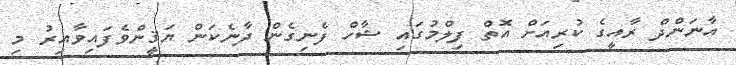
އާނަންދް ރާއީގެ ކުރިއަށް އޮތް ފިލްމުގައި ޝާހް ފެނިގެން ދާނެކަން ޔަޤީންވެފައިވާއިރު މި